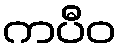
ကပီဝ